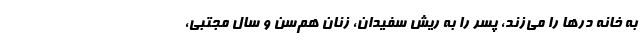
به خانه درها را می‌زند، پسر را به ریش سفیدان، زنان هم‌سن و سال مجتبی،